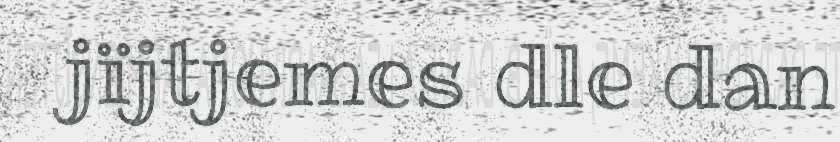
jïjtjemes dle dan